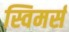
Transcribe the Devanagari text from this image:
स्विमर्स